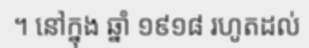
។ នៅក្នុង ឆ្នាំ ១៩១៨ រហូតដល់